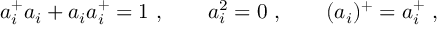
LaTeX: a _ { i } ^ { + } a _ { i } + a _ { i } a _ { i } ^ { + } = 1 \ , \qquad a _ { i } ^ { 2 } = 0 \ , \qquad ( a _ { i } ) ^ { + } = a _ { i } ^ { + } \ ,